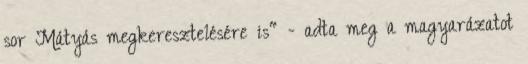
sor Mátyás megkeresztelésére is" - adta meg a magyarázatot